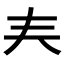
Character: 𡗗